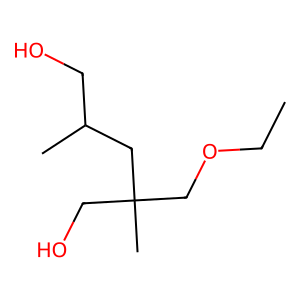
SMILES: CCOCC(C)(CO)CC(C)CO
Inhibits HIV replication: No